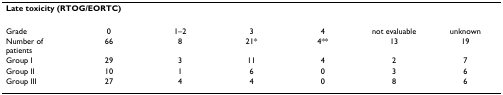
<table><thead><tr><td colspan="7"><b>Late toxicity (RTOG/EORTC)</b></td></tr></thead><tbody><tr><td>Grade</td><td>0</td><td>1–2</td><td>3</td><td>4</td><td>not evaluable</td><td>unknown</td></tr><tr><td>Number of patients</td><td>66</td><td>8</td><td>21*</td><td>4**</td><td>13</td><td>19</td></tr><tr><td>Group I</td><td>29</td><td>3</td><td>11</td><td>4</td><td>2</td><td>7</td></tr><tr><td>Group II</td><td>10</td><td>1</td><td>6</td><td>0</td><td>3</td><td>6</td></tr><tr><td>Group III</td><td>27</td><td>4</td><td>4</td><td>0</td><td>8</td><td>6</td></tr></tbody></table>